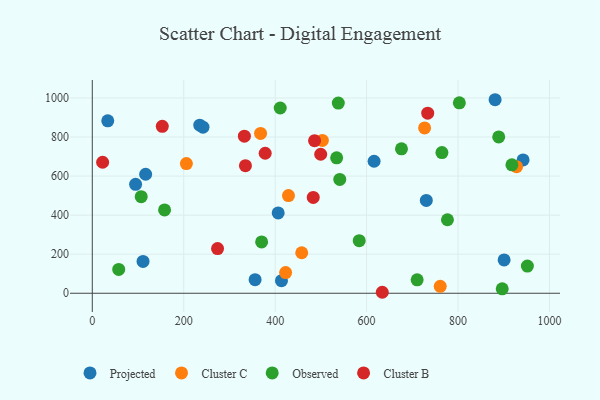
{"axis": {"x": "Distance", "y": "Exam Score"}, "legend": ["Cluster B", "Cluster C", "Observed", "Projected"], "data": [{"x": "235.1", "y": 860.5, "type": "Projected"}, {"x": "94.7", "y": 557.8, "type": "Projected"}, {"x": "413.8", "y": 64.2, "type": "Projected"}, {"x": "942.3", "y": 682.5, "type": "Projected"}, {"x": "242.1", "y": 850.2, "type": "Projected"}, {"x": "406.6", "y": 411.2, "type": "Projected"}, {"x": "116.7", "y": 609.2, "type": "Projected"}, {"x": "881.1", "y": 990.9, "type": "Projected"}, {"x": "356.1", "y": 69.6, "type": "Projected"}, {"x": "111.0", "y": 162.8, "type": "Projected"}, {"x": "730.6", "y": 475.1, "type": "Projected"}, {"x": "900.8", "y": 170.6, "type": "Projected"}, {"x": "33.8", "y": 882.8, "type": "Projected"}, {"x": "616.4", "y": 675.9, "type": "Projected"}, {"x": "205.8", "y": 663.8, "type": "Cluster C"}, {"x": "368.1", "y": 818.2, "type": "Cluster C"}, {"x": "503.3", "y": 782.7, "type": "Cluster C"}, {"x": "429.1", "y": 499.9, "type": "Cluster C"}, {"x": "726.9", "y": 846.7, "type": "Cluster C"}, {"x": "458.1", "y": 207.3, "type": "Cluster C"}, {"x": "422.9", "y": 106.1, "type": "Cluster C"}, {"x": "761.1", "y": 35.5, "type": "Cluster C"}, {"x": "928.0", "y": 648.3, "type": "Cluster C"}, {"x": "676.3", "y": 739.7, "type": "Observed"}, {"x": "158.1", "y": 426.6, "type": "Observed"}, {"x": "951.7", "y": 138.9, "type": "Observed"}, {"x": "541.3", "y": 582.8, "type": "Observed"}, {"x": "896.7", "y": 22.9, "type": "Observed"}, {"x": "370.4", "y": 262.6, "type": "Observed"}, {"x": "764.8", "y": 720.3, "type": "Observed"}, {"x": "57.8", "y": 122.2, "type": "Observed"}, {"x": "802.9", "y": 975.0, "type": "Observed"}, {"x": "710.6", "y": 69.0, "type": "Observed"}, {"x": "889.0", "y": 800.6, "type": "Observed"}, {"x": "776.9", "y": 376.3, "type": "Observed"}, {"x": "583.9", "y": 269.0, "type": "Observed"}, {"x": "917.9", "y": 657.7, "type": "Observed"}, {"x": "538.1", "y": 973.8, "type": "Observed"}, {"x": "107.0", "y": 494.5, "type": "Observed"}, {"x": "534.5", "y": 693.5, "type": "Observed"}, {"x": "411.1", "y": 948.5, "type": "Observed"}, {"x": "499.6", "y": 711.7, "type": "Cluster B"}, {"x": "274.0", "y": 228.9, "type": "Cluster B"}, {"x": "22.6", "y": 670.8, "type": "Cluster B"}, {"x": "634.3", "y": 5.0, "type": "Cluster B"}, {"x": "153.1", "y": 854.7, "type": "Cluster B"}, {"x": "733.7", "y": 922.2, "type": "Cluster B"}, {"x": "378.2", "y": 716.9, "type": "Cluster B"}, {"x": "486.2", "y": 781.4, "type": "Cluster B"}, {"x": "332.7", "y": 804.2, "type": "Cluster B"}, {"x": "483.3", "y": 490.4, "type": "Cluster B"}, {"x": "335.0", "y": 653.4, "type": "Cluster B"}]}